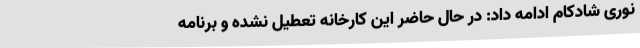
نوری شادکام ادامه داد: در حال حاضر این کارخانه تعطیل نشده و برنامه